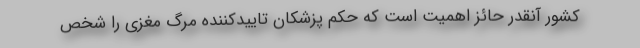
کشور آنقدر حائز اهمیت است که حکم پزشکان تاییدکننده مرگ مغزی را شخص